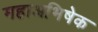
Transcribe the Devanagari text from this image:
महाअभिषेक